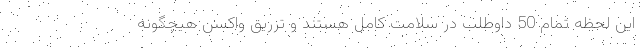
این لحظه تمام 50 داوطلب در سلامت کامل هستند و تزریق واکسن هیچگونه